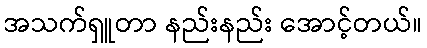
အသက်ရှူတာ နည်းနည်း အောင့်တယ်။